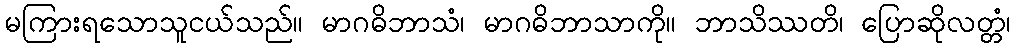
မကြားရသောသူငယ်သည်။ မာဂဓိဘာသံ၊ မာဂဓိဘာသာကို။ ဘာသိဿတိ၊ ပြောဆိုလတ္တံ၊